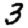
Digit: 3